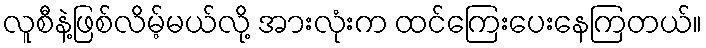
လူစီနဲ့ဖြစ်လိမ့်မယ်လို့ အားလုံးက ထင်ကြေးပေးနေကြတယ်။